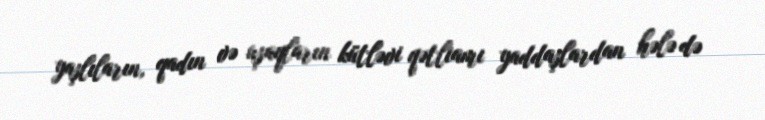
yaşlıların, qadın və uşaqların kütləvi qətliamı yaddaşlardan hələ də